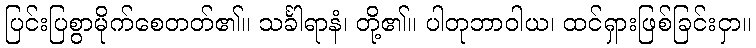
ပြင်းပြစွာမိုက်စေတတ်၏။ သင်္ခါရာနံ၊ တို့၏။ ပါတုဘာဝါယ၊ ထင်ရှားဖြစ်ခြင်းငှာ။